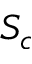
S _ { c }